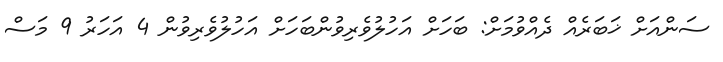
ސަންއަށް ޚަބަރެއް ދެއްވުމަށް: ބަހަށް އަހުލުވެރިވުންބަހަށް އަހުލުވެރިވުން 4 އަހަރު 9 މަސް